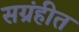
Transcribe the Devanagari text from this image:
सग्रंहीत